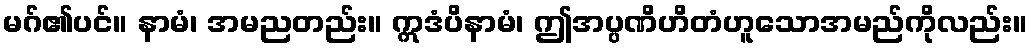
မဂ်၏ပင်။ နာမံ၊ အမညတည်း။ ဣဒံပိနာမံ၊ ဤအပ္ပဏိဟိတံဟူသောအမည်ကိုလည်း။